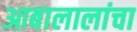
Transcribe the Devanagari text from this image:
आबालालांचा